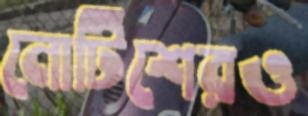
নোটিশেরও